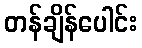
တန်ချိန်ပေါင်း